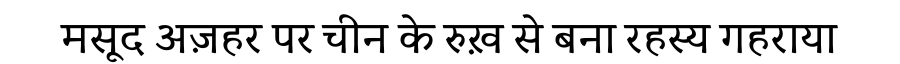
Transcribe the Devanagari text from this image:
मसूद अज़हर पर चीन के रुख़ से बना रहस्य गहराया